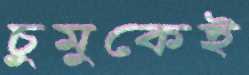
চুমুকেই